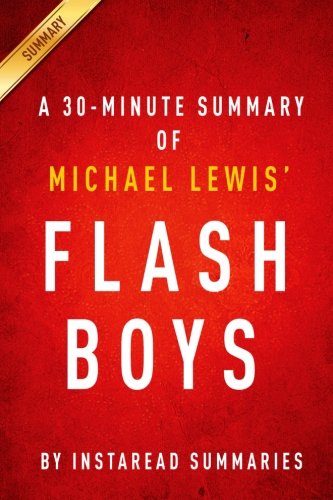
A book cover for A 30 Minute Summary of Flash Boys: A Wall Street Revolt; Instaread Summaries; Business & Money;